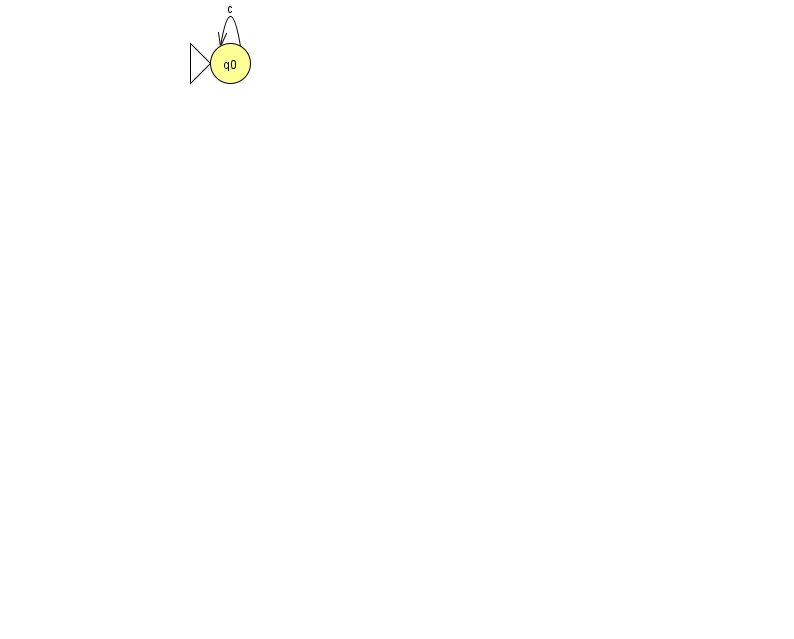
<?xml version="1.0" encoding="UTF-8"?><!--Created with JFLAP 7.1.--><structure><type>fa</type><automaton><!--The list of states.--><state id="0" name="q0"><x>230.0</x><y>50.0</y><initial/></state><!--The list of transitions.--><transition><from>0</from><to>0</to><read>c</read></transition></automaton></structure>